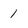
Character: 1